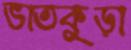
ভাতকুড়া